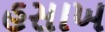
હસાખ